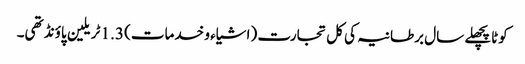
کوٹاپچھلے سال برطانیہ کی کل تجارت (اشیاء و خدمات) 1.3 ٹریلین پاؤنڈ تھی۔